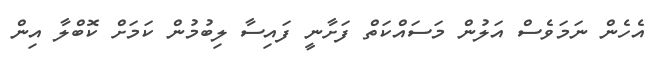
އެހެން ނަމަވެސް އަލުން މަސައްކަތް ފަށާނީ ފައިސާ ލިބުމުން ކަމަށް ކޮބްލާ އިން